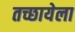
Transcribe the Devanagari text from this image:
तच्छायेला